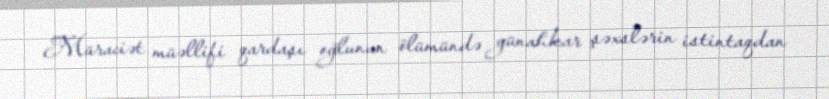
Müraciət müəllifi qardaşı oğlunun ölümündə günahkar şəxslərin istintaqdan